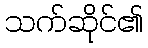
သက်ဆိုင်၏